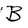
Character: B